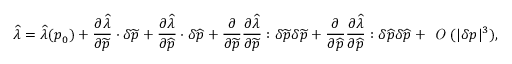
\widehat { \lambda } = \widehat { \lambda } ( \boldsymbol { p } _ { 0 } ) + \frac { \partial \widehat { \lambda } } { \partial \widetilde { \boldsymbol { p } } } \cdot \delta \widetilde { \boldsymbol { p } } + \frac { \partial \widehat { \lambda } } { \partial \widehat { \boldsymbol { p } } } \cdot \delta \widehat { \boldsymbol { p } } + \frac { \partial } { { \partial \widetilde { \boldsymbol { p } } } } \frac { \partial \widehat { \lambda } } { \partial \widetilde { \boldsymbol { p } } } \boldsymbol { : } \delta \widetilde { \boldsymbol { p } } \delta \widetilde { \boldsymbol { p } } + \frac { \partial } { { \partial \widehat { \boldsymbol { p } } } } \frac { \partial \widehat { \lambda } } { \partial \widehat { \boldsymbol { p } } } \boldsymbol { : } \delta \widehat { \boldsymbol { p } } \delta \widehat { \boldsymbol { p } } + \textit { O } ( | \delta \boldsymbol { p } | ^ { 3 } ) ,